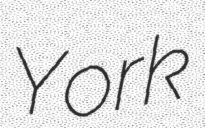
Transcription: York